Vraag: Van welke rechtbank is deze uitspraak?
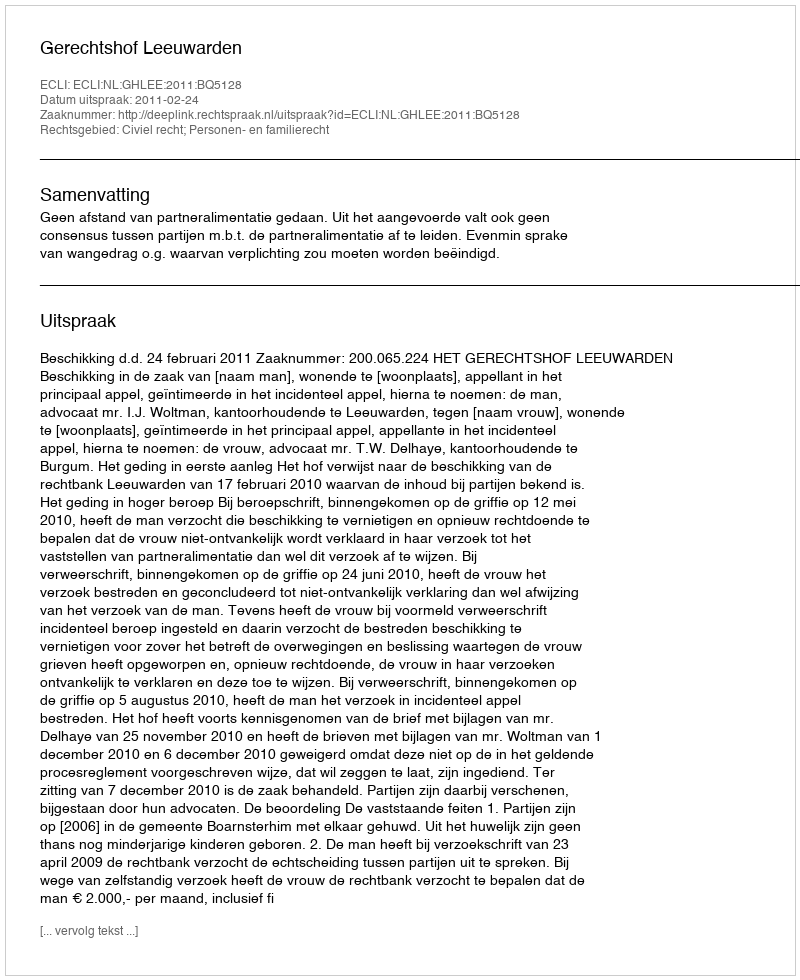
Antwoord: Gerechtshof Leeuwarden